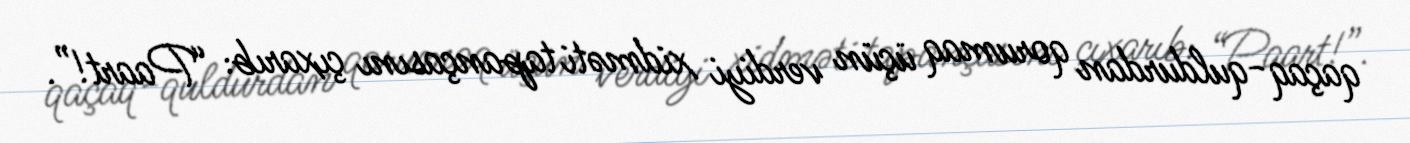
qaçaq-quldurdan qorumaq üçün verdiyi xidməti tapançasını çıxarıb: “Paart!”.